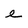
Character: e